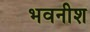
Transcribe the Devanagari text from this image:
भवनीश